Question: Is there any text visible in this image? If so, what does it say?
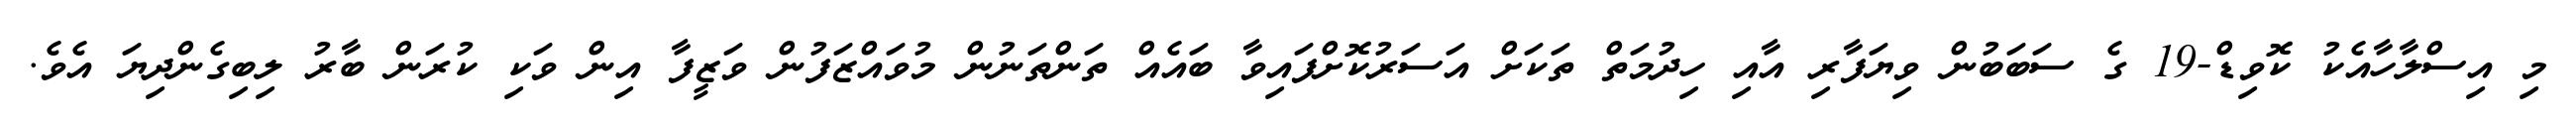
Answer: މި އިސްލާހާއެކު ކޮވިޑް-19 ގެ ސަބަބުން ވިޔަފާރި އާއި ހިދުމަތް ތަކަށް އަސަރުކޮށްފައިވާ ބައެއް ތަންތަނުން މުވައްޒަފުން ވަޒީފާ އިން ވަކި ކުރަން ބާރު ލިބިގެންދިޔަ އެވެ.